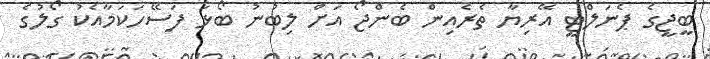
ބީޖީގެ ޕެނަލްޓީ އޭރިޔާ ތެރެއިން ބެންޖޯ އަށް ލިބުނު ބޯޅަ ފަސޭހަކަމާއެކު ގޯލުގެ